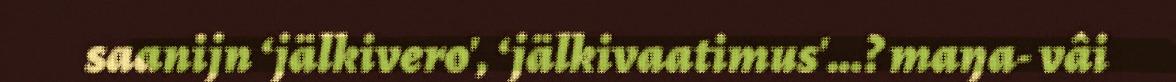
saanijn ‘jälkivero', ‘jälkivaatimus'…? maŋa- vâi